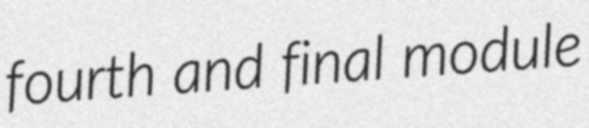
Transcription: fourth and final module